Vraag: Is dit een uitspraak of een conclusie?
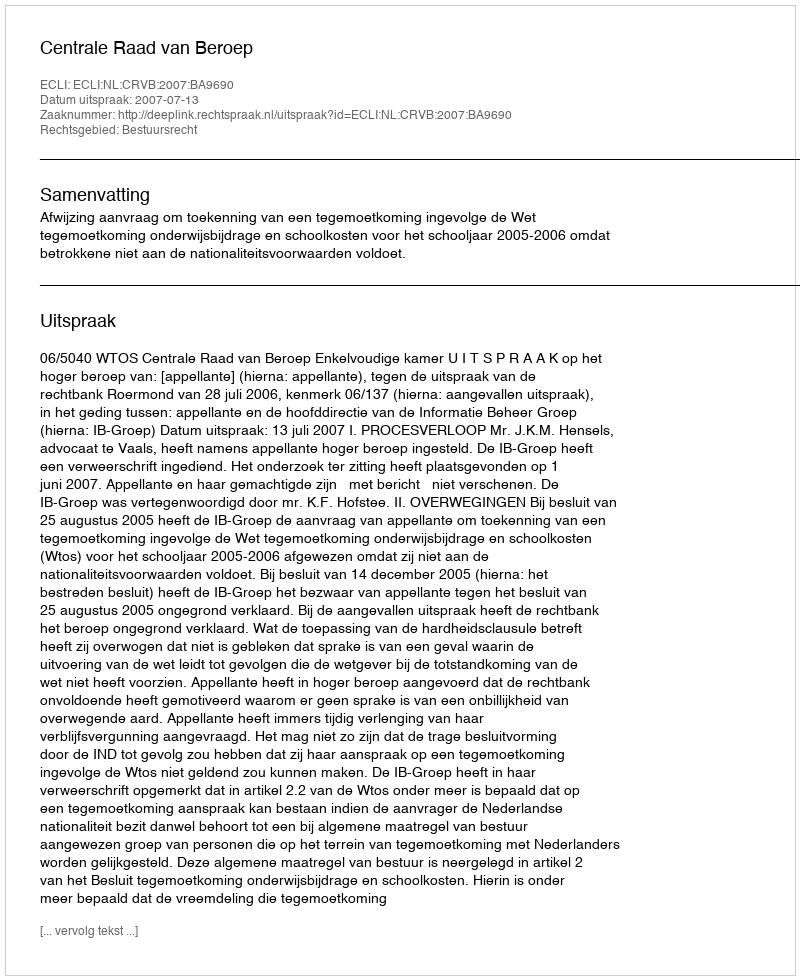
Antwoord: Uitspraak